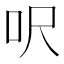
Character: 呎